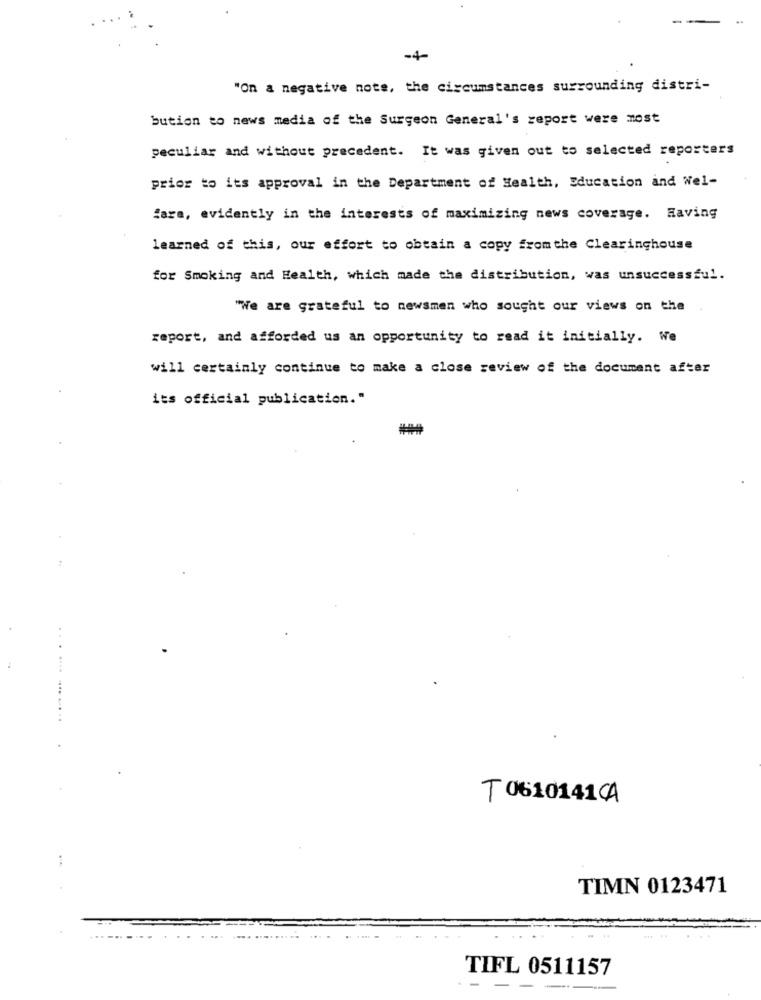
-4-
"On a negative note, the circumstances surrounding distri-
bution to news media of the Surgeon General's report were most
peculiar and without precedent. It was given out to selected reporters
prior to its approval in the Department of Health, Education and Wel-
fare, evidently in the interests of maximizing news coverage. Having
learned of this, our effort to obtain a copy from the Clearinghouse
for Smoking and Health, which made the distribution, was unsuccessful.
"We are grateful to newsmen who sought our views on the
report, and afforded us an opportunity to read it initially. We
will certainly continue to make a close review of the document after
its official publication."
T 0610141CA
TIMN 0123471
TIFL 0511157